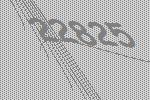
22825